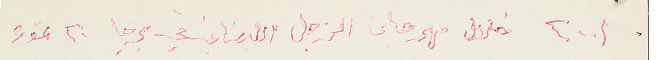
٢٠٠١ خلال مهرجان الزجل اللبناني في برجا ٢٠ تموز